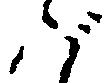
バ